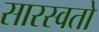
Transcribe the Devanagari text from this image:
सारस्वतो